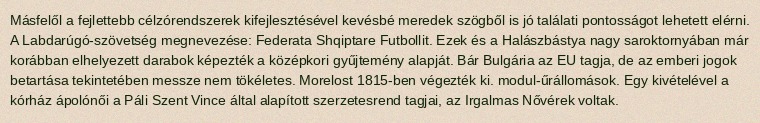
Másfelől a fejlettebb célzórendszerek kifejlesztésével kevésbé meredek szögből is jó találati pontosságot lehetett elérni. A Labdarúgó-szövetség megnevezése: Federata Shqiptare Futbollit. Ezek és a Halászbástya nagy saroktornyában már korábban elhelyezett darabok képezték a középkori gyűjtemény alapját. Bár Bulgária az EU tagja, de az emberi jogok betartása tekintetében messze nem tökéletes. Morelost 1815-ben végezték ki. modul-űrállomások. Egy kivételével a kórház ápolónői a Páli Szent Vince által alapított szerzetesrend tagjai, az Irgalmas Nővérek voltak.